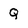
Character: Q